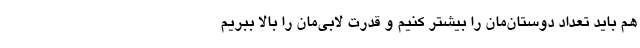
هم باید تعداد دوستان‌مان را بیشتر کنیم و قدرت لابی‌مان را بالا ببریم